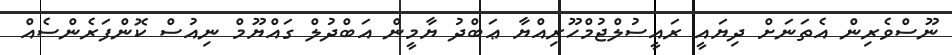
ނޫސްވެރިން އެތަނަށް ދިޔައީ ރައީސުލްޖުމްހޫރިއްޔާ ޢަބްދު ޔާމީން އަބްދުލް ގައްޔޫމް ނިއުސް ކޮންފަރެންސެއް